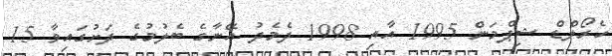
ހެރޯލްޑް ޝިޕްމަން 1995 އާއި 1998 ދެމެދު އޭނާގެ ބެލުމުގެ ދަށުގައިވާ 15